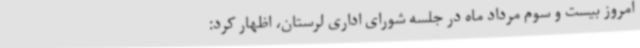
امروز بیست و سوم مرداد ماه در جلسه شورای اداری لرستان، اظهار کرد: